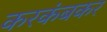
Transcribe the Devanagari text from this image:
करकंबकर